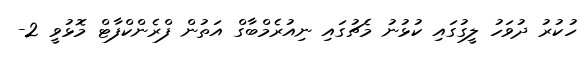
ހުކުރު ދުވަހު ލީގުގައި ކުޅުނު މެޗުގައި ނިއުރެމްބާގް އަތުން ފްރެންކްފާޓް މޮޅުވީ 2-